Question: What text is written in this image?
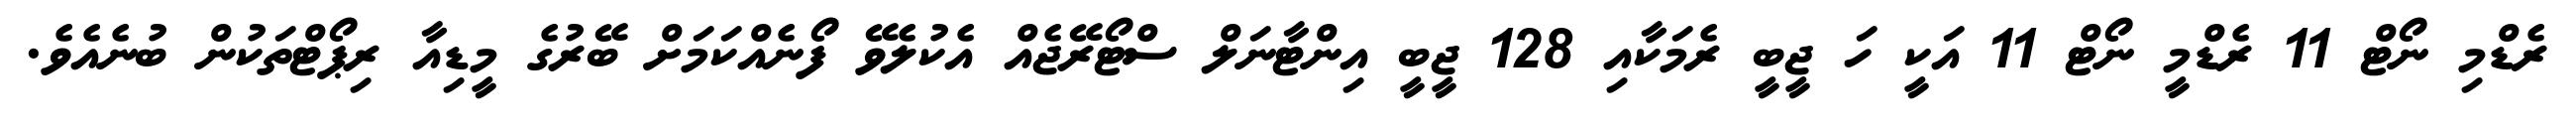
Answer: ރެޑްމި ނޯޓް 11 ރެޑްމީ ނޯޓް 11 އަކީ ހަ ޖީބީ ރެމަކާއި 128 ޖީބީ އިންޓާނަލް ސްޓޯރޭޖެއް އެކުލެވޭ ފޯނެއްކަމަށް ބޭރުގެ މީޑިއާ ރިޕޯޓްތަކުން ބުނެއެވެ.